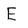
Character: E